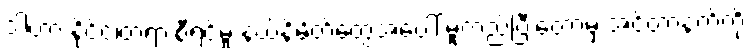
ဒါဟာ နိုင်ငံ၊တရားစီရင်မှု နယ်နိမိတ်တွေအပေါ် မူတည်ပြီးတော့မှ အင်တာနက်ကို